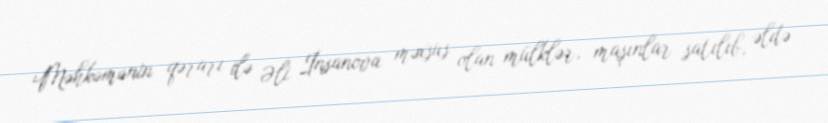
Məhkəmənin qərarı ilə Əli İnsanova məxsus olan mülklər, maşınlar satılıb, əldə